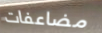
مضاعفات